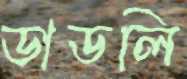
ডাডলি